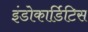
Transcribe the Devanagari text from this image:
इंडोकार्डिटिस